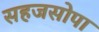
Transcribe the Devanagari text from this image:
सहजसोपा